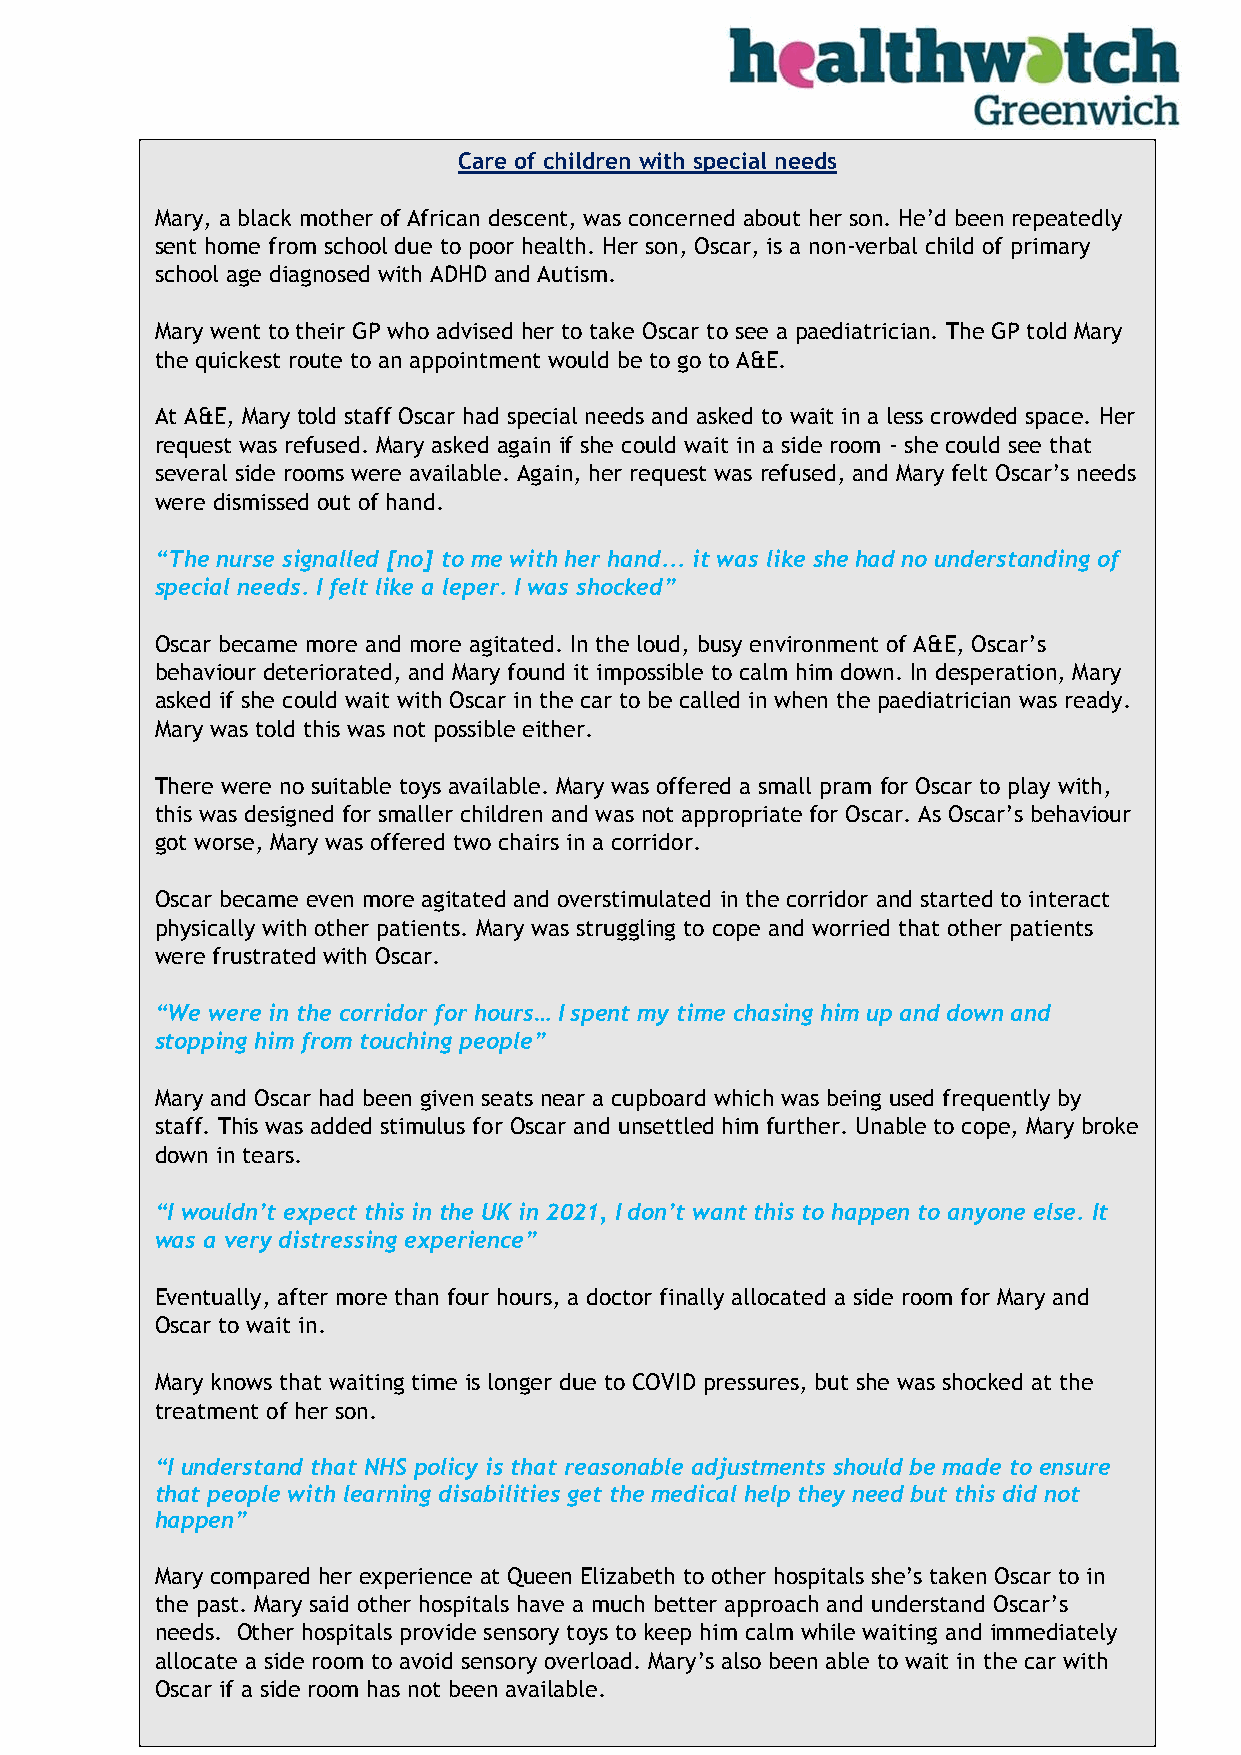
Care of children with special needs
 Mary, a black mother of African descent, was concerned about her son. He’d been repeatedly
 sent home from school due to poor health. Her son, Oscar, is a non-verbal child of primary
 school age diagnosed with ADHD and Autism.
 Mary went to their GP who advised her to take Oscar to see a paediatrician. The GP told Mary
 the quickest route to an appointment would be to go to A&E.
 At A&E, Mary told staff Oscar had special needs and asked to wait in a less crowded space. Her
 request was refused. Mary asked again if she could wait in a side room - she could see that
 several side rooms were available. Again, her request was refused, and Mary felt Oscar’s needs
 were dismissed out of hand.
 “The nurse signalled [no] to me with her hand... it was like she had no understanding of
 special needs. I felt like a leper. I was shocked”
 Oscar became more and more agitated. In the loud, busy environment of A&E, Oscar’s
 behaviour deteriorated, and Mary found it impossible to calm him down. In desperation, Mary
 asked if she could wait with Oscar in the car to be called in when the paediatrician was ready.
 Mary was told this was not possible either.
 There were no suitable toys available. Mary was offered a small pram for Oscar to play with,
 this was designed for smaller children and was not appropriate for Oscar. As Oscar’s behaviour
 got worse, Mary was offered two chairs in a corridor.
 Oscar became even more agitated and overstimulated in the corridor and started to interact
 physically with other patients. Mary was struggling to cope and worried that other patients
 were frustrated with Oscar.
 “We were in the corridor for hours… I spent my time chasing him up and down and
 stopping him from touching people”
 Mary and Oscar had been given seats near a cupboard which was being used frequently by
 staff. This was added stimulus for Oscar and unsettled him further. Unable to cope, Mary broke
 down in tears.
 “I wouldn’t expect this in the UK in 2021, I don’t want this to happen to anyone else. It
 was a very distressing experience”
 Eventually, after more than four hours, a doctor finally allocated a side room for Mary and
 Oscar to wait in.
 Mary knows that waiting time is longer due to COVID pressures, but she was shocked at the
 treatment of her son.
 “I understand that NHS policy is that reasonable adjustments should be made to ensure
 that people with learning disabilities get the medical help they need but this did not
 happen”
 Mary compared her experience at Queen Elizabeth to other hospitals she’s taken Oscar to in
 the past. Mary said other hospitals have a much better approach and understand Oscar’s
 needs. Other hospitals provide sensory toys to keep him calm while waiting and immediately
 7
 allocate a side room to avoid sensory overload. Mary’s also been able to wait in the car with
 Oscar if a side room has not been available.